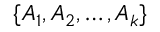
\{ A _ { 1 } , A _ { 2 } , \ldots , A _ { k } \}